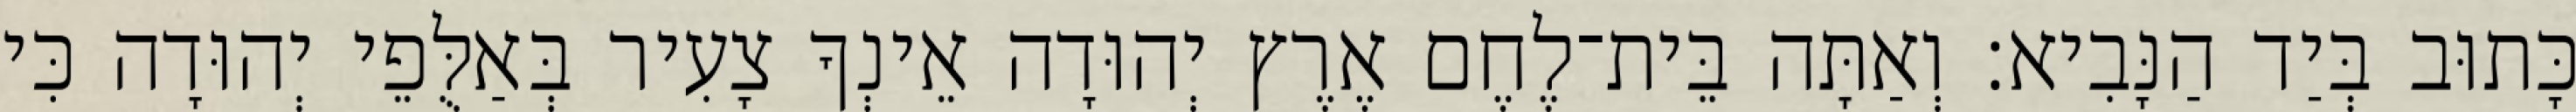
כָּתוּב בְּיַד הַנָּבִיא׃ וְאַתָּה בֵּית־לֶחֶם אֶרֶץ יְהוּדָה אֵינְךָ צָעִיר בְּאַלֻּפֵי יְהוּדָה כִּי